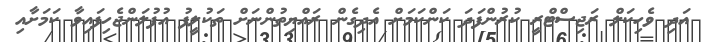
އަދި ވެހިކަލް ރަޖިސްޓްރީ ކުރުންފަދަ ކަންކަމަށް އެދިގެން ރައްޔިތުންނަށް ތަކުލީފު އުފުލަންޖެހިފައިވާ ކަމަށާއި